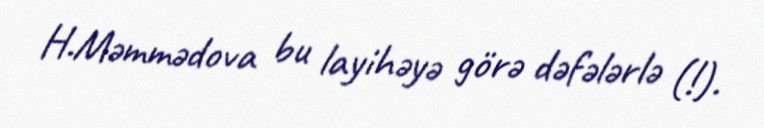
H.Məmmədova bu layihəyə görə dəfələrlə (!).